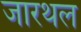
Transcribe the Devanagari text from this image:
जारथल